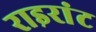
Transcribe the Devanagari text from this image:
राइरांट